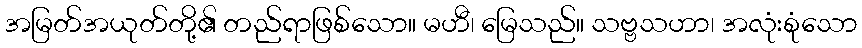
အမြတ်အယုတ်တို့၏ တည်ရာဖြစ်သော။ မဟီ၊ မြေသည်။ သဗ္ဗသဟာ၊ အလုံးစုံသော